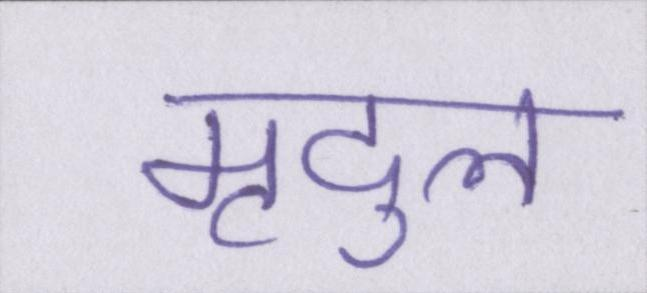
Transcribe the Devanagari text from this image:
मृदुल